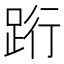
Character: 䟰